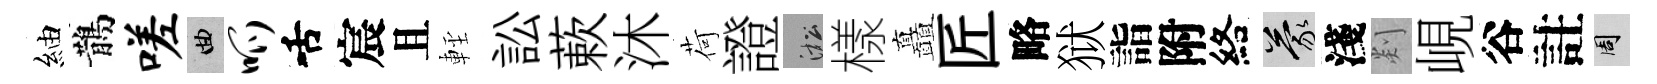
紬鵲嗟曲呱舌宸且䡖訟蔌沐荷證淞樣矗匠略狱詣附絡蒙淺剡峴谷註周